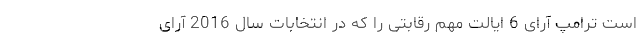
است ترامپ آرای 6 ایالت مهم رقابتی را که در انتخابات سال 2016 آرای